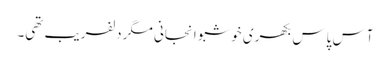
آس پاس بکھری خوشبو انجانی مگر دلفریب تھی۔